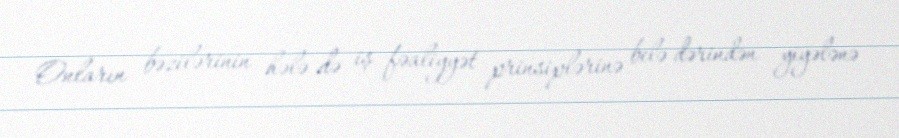
Onların bəzilərinin hələ də iş fəaliyyət prinsiplərinə belə dərindən yiyələnə